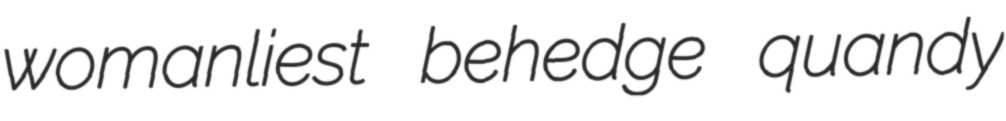
womanliest behedge quandy